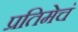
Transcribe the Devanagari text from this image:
प्रतिमेचं